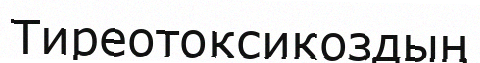
Тиреотоксикоздың